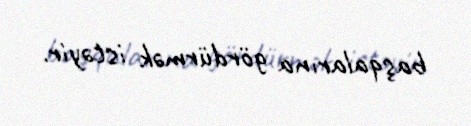
başqalarına gördürmək istəyir.